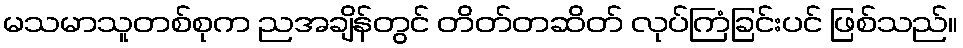
မသမာသူတစ်စုက ညအချိန်တွင် တိတ်တဆိတ် လုပ်ကြံခြင်းပင် ဖြစ်သည်။